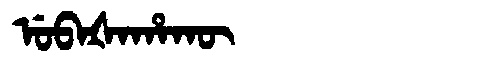
Manchu: ᡠᠪᠠᡧᠠᡥᠠᡴᡡ
Romanization: UBAŠAHAKŪ